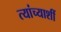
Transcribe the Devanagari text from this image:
त्यांच्याशीं